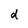
Character: d